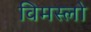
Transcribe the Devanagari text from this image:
विमस्लो